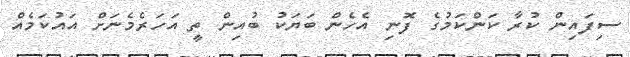
ސިފައިން ކުރާ ކަންކަމުގެ ފޮނި އެހެން ބަޔަކު ބުއިން ތީ އަހަރެމެނަށް އައުކަމެއް